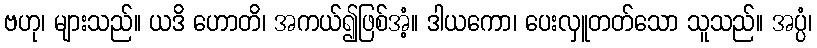
ဗဟု၊ များသည်။ ယဒိ ဟောတိ၊ အကယ်၍ဖြစ်အံ့။ ဒါယကော၊ ပေးလှူတတ်သော သူသည်။ အပ္ပံ၊